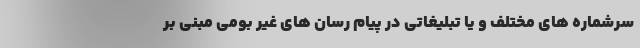
سرشماره های مختلف و یا تبلیغاتی در پیام رسان های غیر بومی مبنی بر